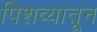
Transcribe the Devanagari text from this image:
पिशव्यातून